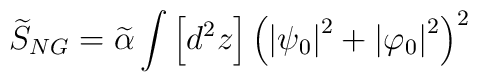
\widetilde{S}_{NG}=\widetilde{\alpha }\int \left[ d^{2}z\right] \left( \left| \psi_{0}\right| ^{2}+\left| \varphi _{0}\right| ^{2}\right) ^{2}